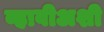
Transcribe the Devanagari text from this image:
व्हावीअशी